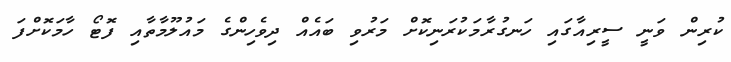
ކުރިން ވަނީ ސީރިއާގައި ހަނގުރާމަކުރަނިކޮށް މަރުވި ބައެއް ދިވެހިންގެ މައުލޫމާތާއި ފޮޓޯ ހާމަކޮށްފަ